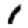
Digit: 1